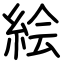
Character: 絵